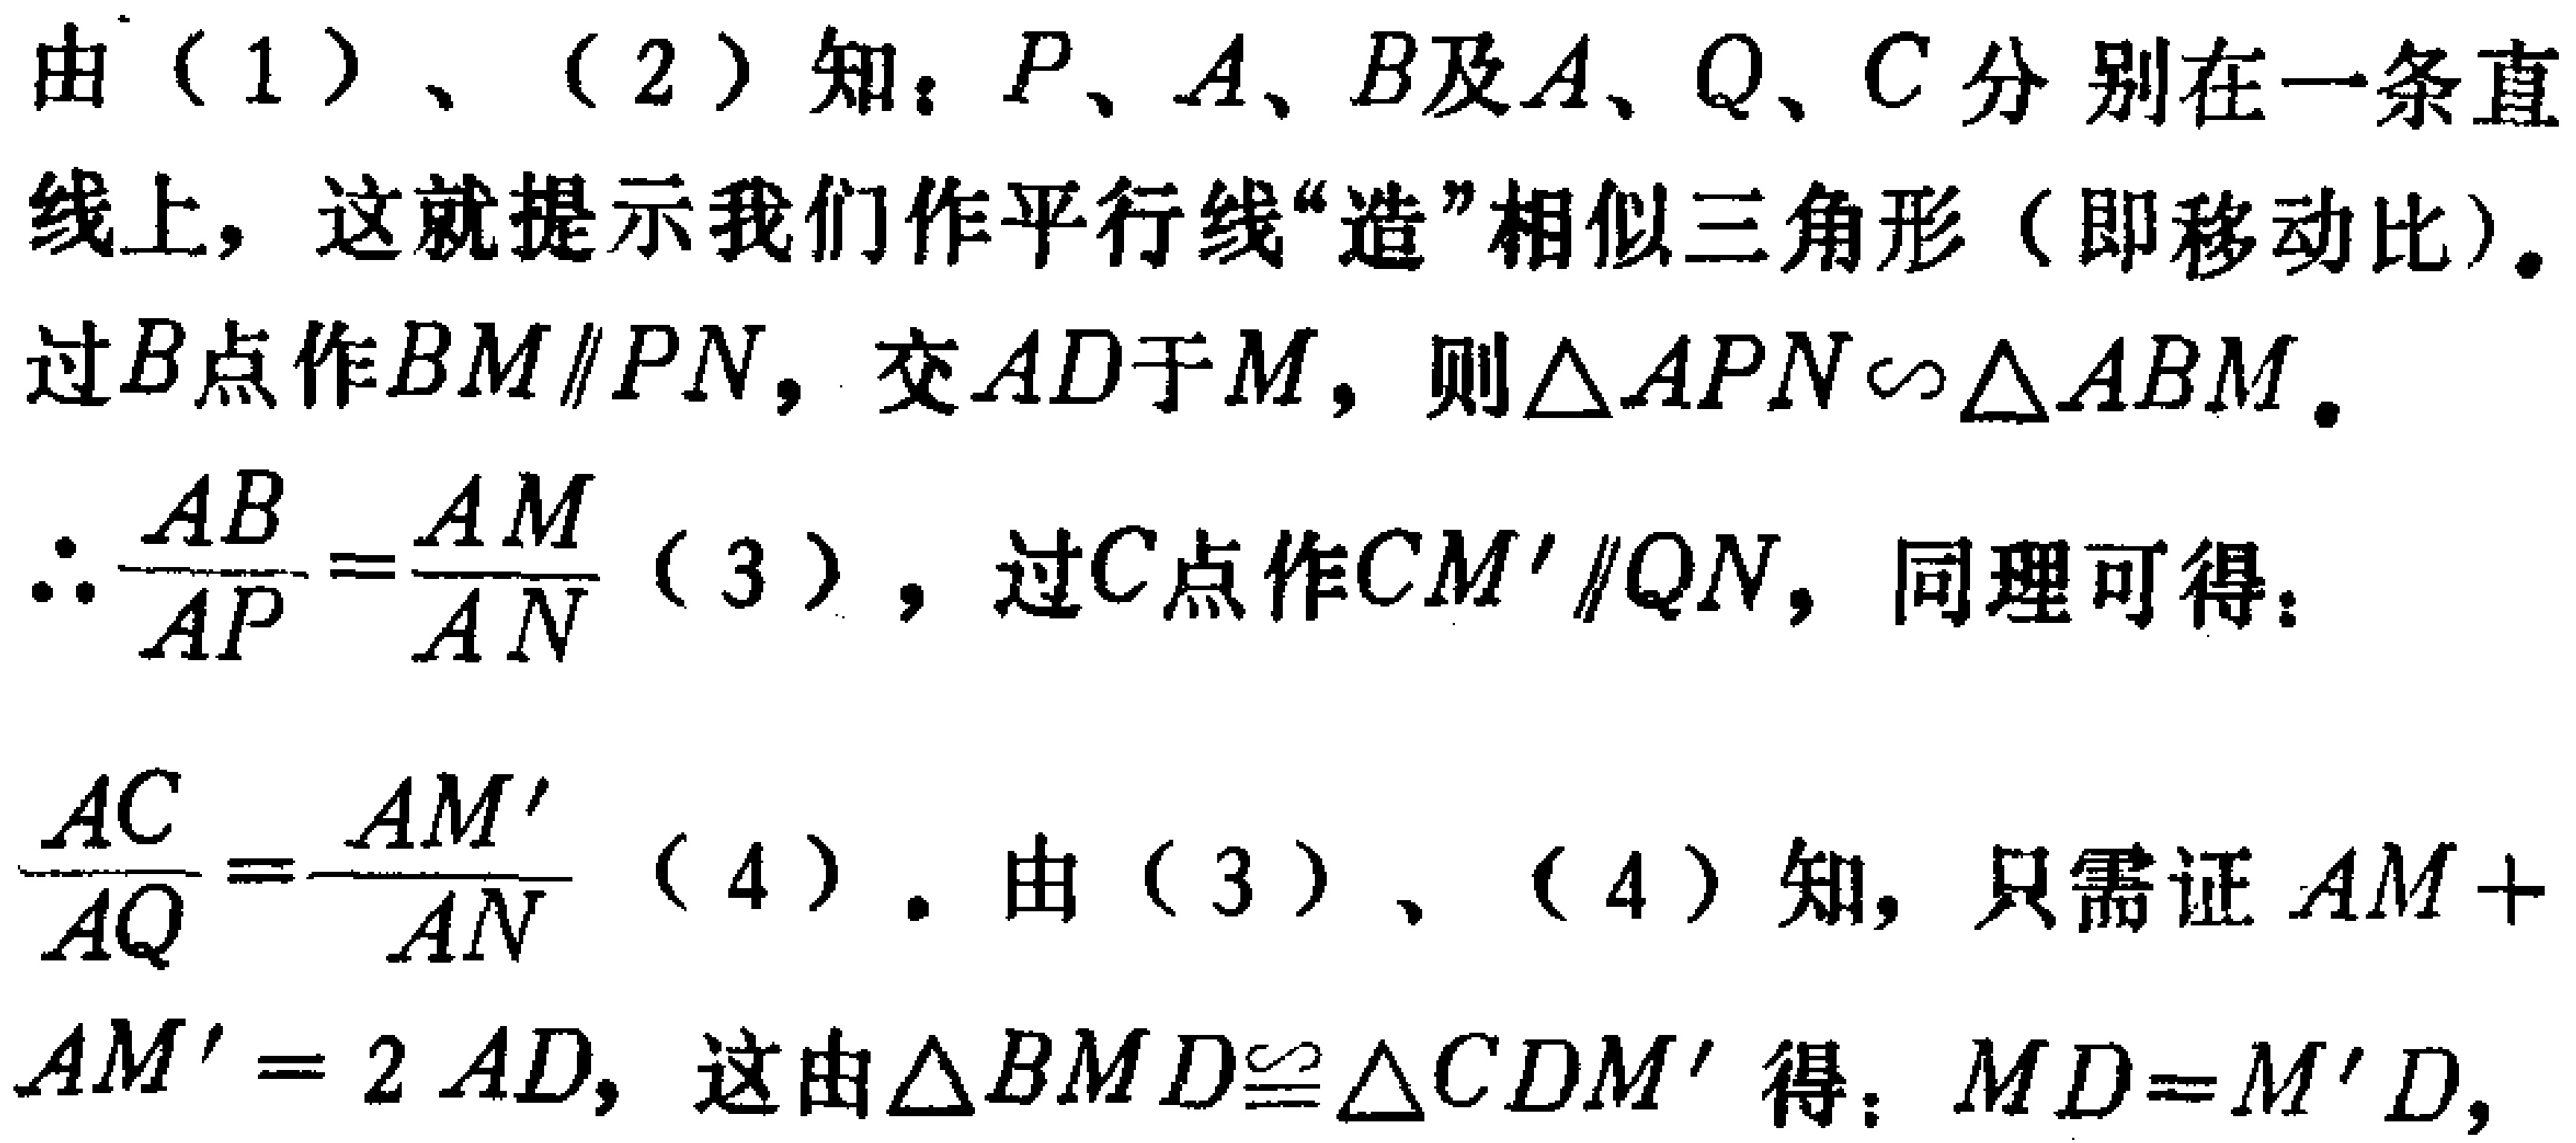
由（1）、（2）知：\(P\)、\(A\)、\(B\)及\(A\)、\(Q\)、\(C\)分别在一条直线上，这就提示我们作平行线“造”相似三角形（即移动比）。

过\(B\)点作\(BM\parallel PN\)，交\(AD\)于\(M\)，则\(\triangle APN\sim\triangle ABM\)。

\(\therefore \frac{AB}{AP}=\frac{AM}{AN}\)（3），过\(C\)点作\(CM'\parallel QN\)，同理可得：

\(\frac{AC}{AQ}=\frac{AM'}{AN}\)（4）. 由（3）、（4）知，只需证\(AM + AM' = 2AD\)，这由\(\triangle BMD\cong\triangle CDM'\)得：\(MD = M'D\)，